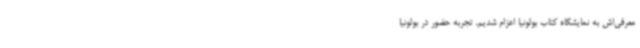
معرفی‌اش به نمایشگاه کتاب بولونیا اعزام شدیم. تجربه حضور در بولونیا